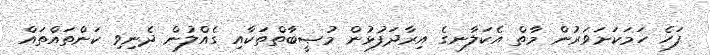
ފަހެ ހަމަކަށަވަރުން މާތް އެކަލާނގެ އިރާދަފުޅުން މުޞީބާތްތަކާއި ގެއްލުން ދެނިވި ކަންތައްތައް